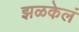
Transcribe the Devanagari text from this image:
झळकेलं